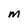
Character: M